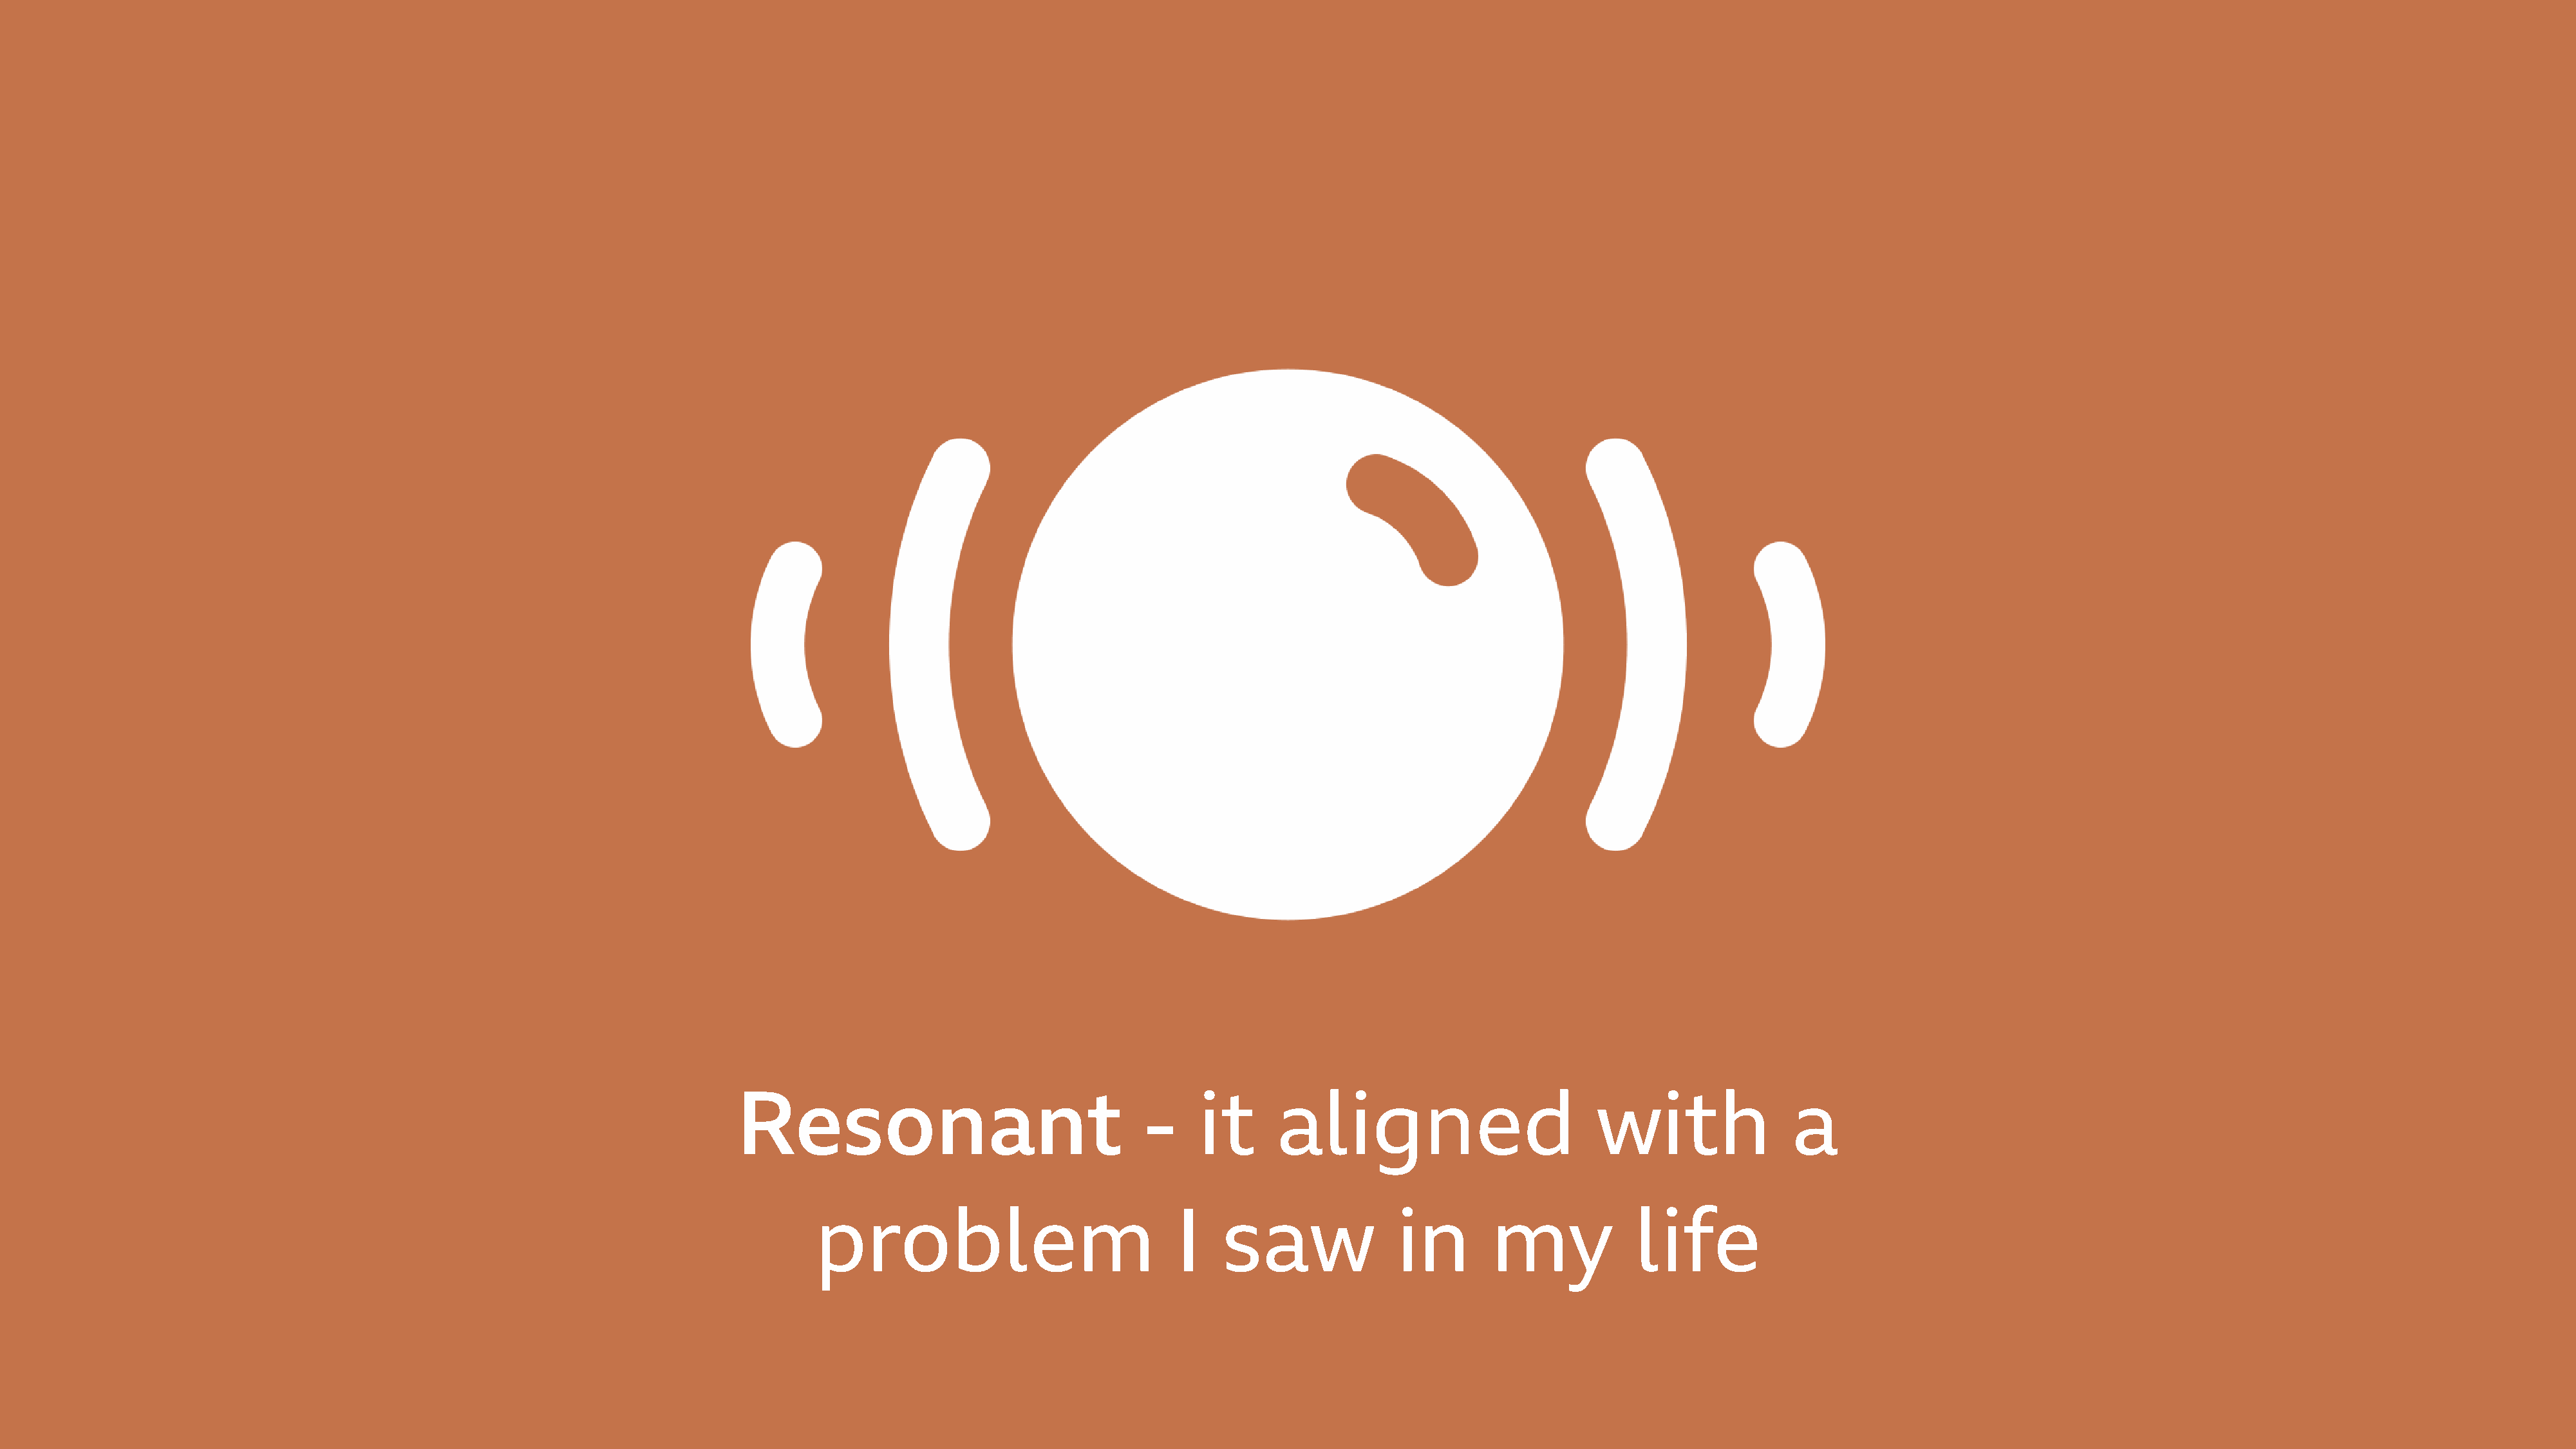
Resonant                                  -    it      aligned                          with                a
 problem                              I    saw               in       my             life